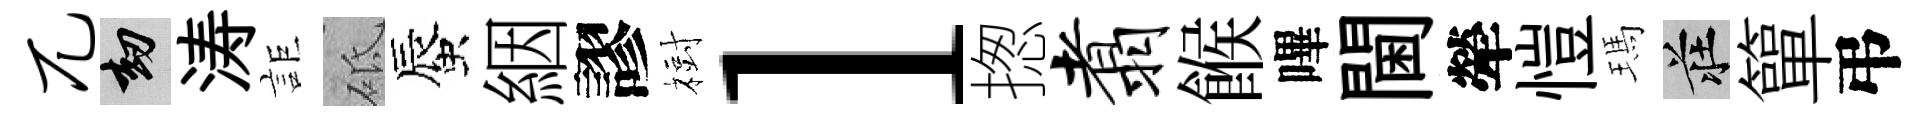
兀劫涛詎砥蜃絪謬𣗳l揔翥餱嗶閫犖愷瑪莊簞弔